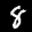
Label: 8